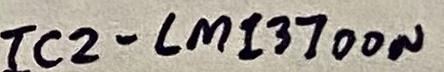
Text: IC2-LM13700N